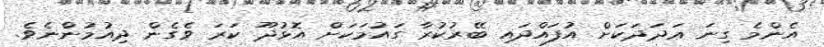
އެންމެ ގިނަ ޢަދަދަކަށް އުފައްދައި ބޭރުކުރާ ގައުމަކަށް އޮޅުދޫ ކަރަ ވެގެން ދިއުމުންނެވެ.